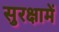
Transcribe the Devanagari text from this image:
सुरक्षामें